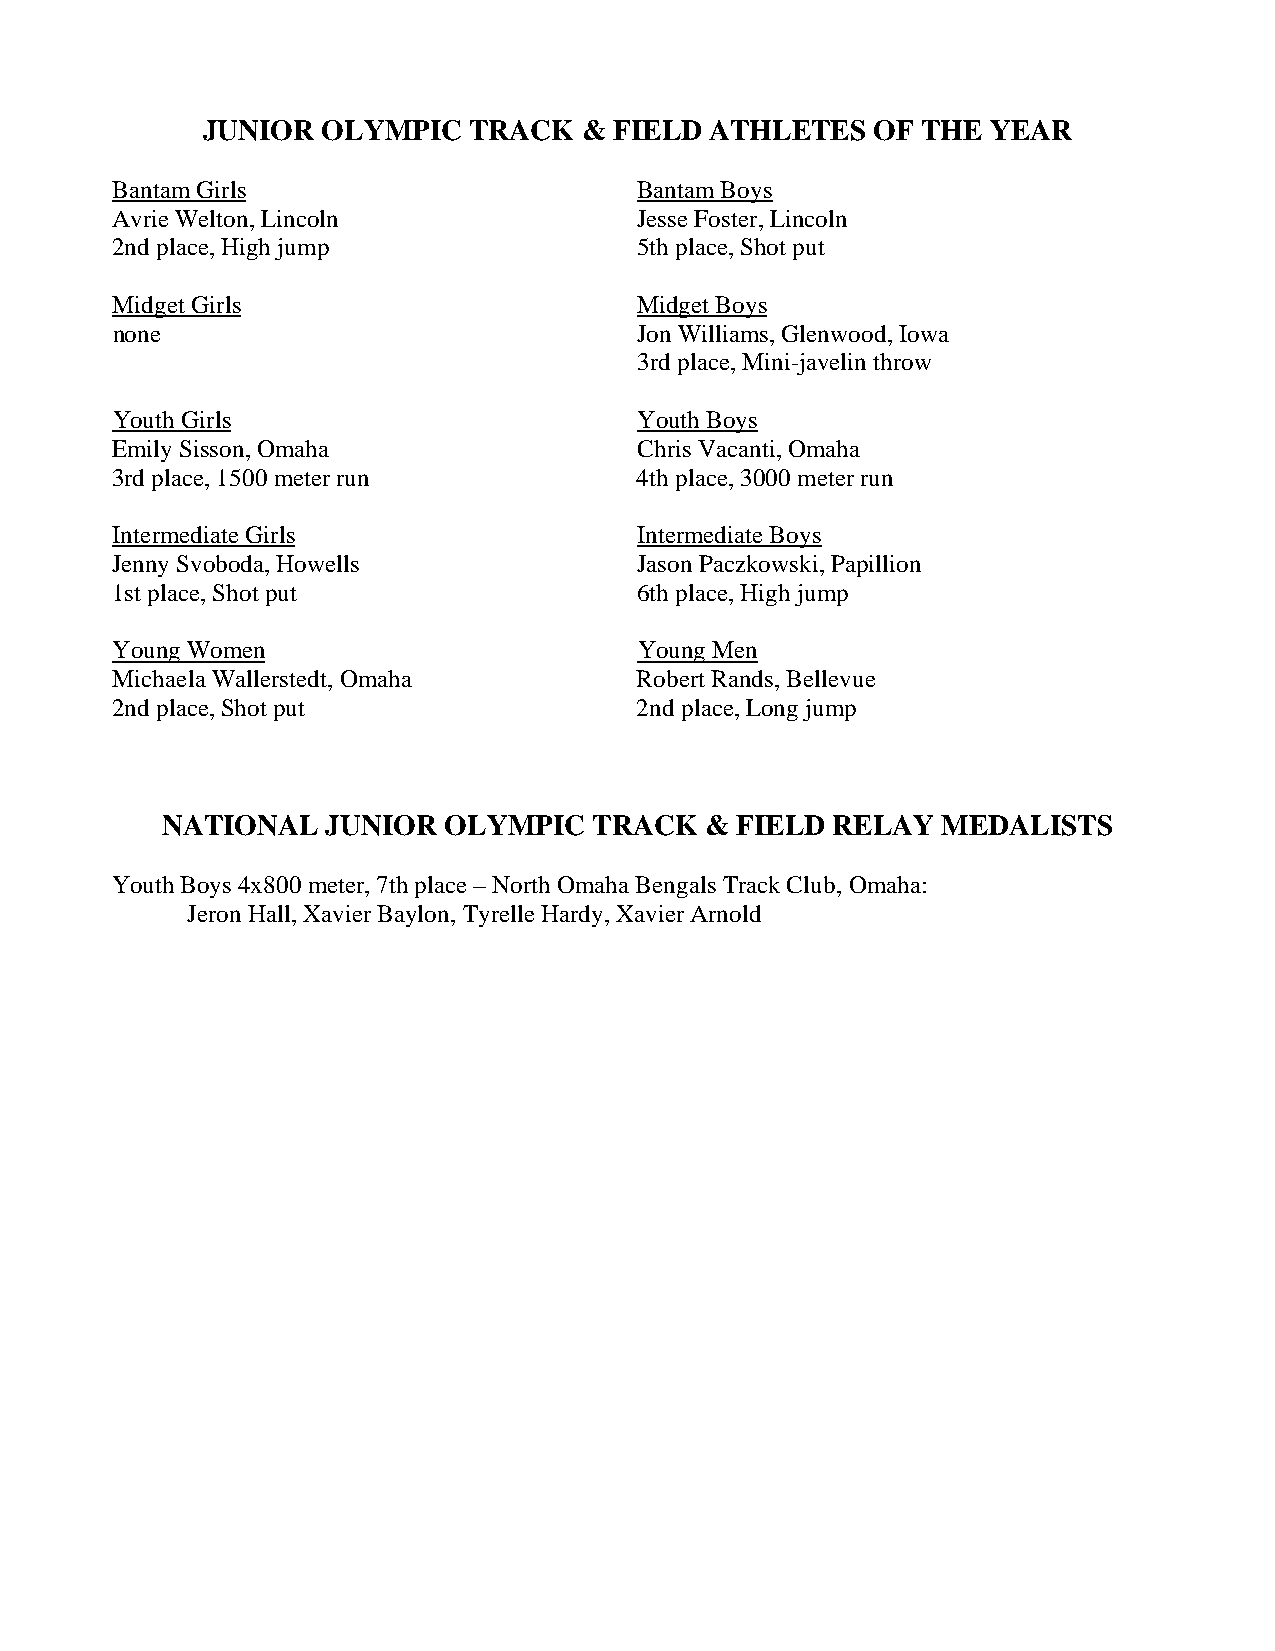
JUNIOR  OLYMPIC   TRACK   & FIELD ATHLETES   OF THE  YEAR
 Bantam Girls                       Bantam Boys
 Avrie Welton, Lincoln              Jesse Foster, Lincoln
 2nd place, High jump               5th place, Shot put
 Midget Girls                       Midget Boys
 none                               Jon Williams, Glenwood, Iowa
 3rd place, Mini-javelin throw
 Youth Girls                        Youth Boys
 Emily Sisson, Omaha                Chris Vacanti, Omaha
 3rd place, 1500 meter run          4th place, 3000 meter run
 Intermediate Girls                 Intermediate Boys
 Jenny Svoboda, Howells             Jason Paczkowski, Papillion
 1st place, Shot put                6th place, High jump
 Young Women                        Young Men
 Michaela Wallerstedt, Omaha        Robert Rands, Bellevue
 2nd place, Shot put                2nd place, Long jump
 NATIONAL   JUNIOR OLYMPIC   TRACK   & FIELD RELAY  MEDALISTS
 Youth Boys 4x800 meter, 7th place – North Omaha Bengals Track Club, Omaha:
 Jeron Hall, Xavier Baylon, Tyrelle Hardy, Xavier Arnold